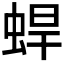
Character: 𰲼